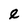
Character: e